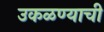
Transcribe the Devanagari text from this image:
उकळण्याची